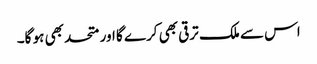
اس سے ملک ترقی بھی کرے گا اور متحد بھی ہو گا۔